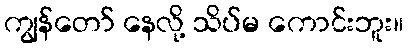
ကျွန်တော် နေလို့ သိပ်မ ကောင်းဘူး။